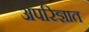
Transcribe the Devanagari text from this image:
अपरिज्ञात